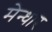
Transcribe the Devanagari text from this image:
मेन्धार